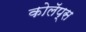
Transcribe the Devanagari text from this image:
कोलॅप्स